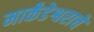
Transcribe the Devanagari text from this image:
मार्कंडेश्वराचे